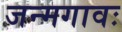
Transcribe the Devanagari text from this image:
जन्मगावः